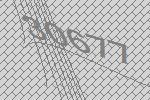
30677